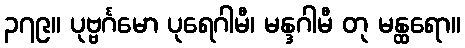
၃၇၉။ ပုဗ္ဗင်္ဂမော ပုရေဂါမီ၊ မန္ဒဂါမီ တု မန္ထရော။